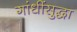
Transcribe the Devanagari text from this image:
गांधींसुद्धा